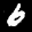
Label: 6